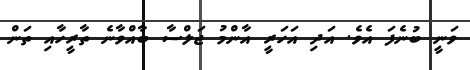
ވަނީ ބުނެފަ އެވެ. އަދި އަހަރީ އާންމު ޖަލްސާ ބާއްވާނެ ތާރީހާއި ތަން